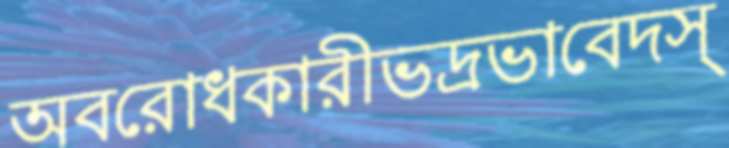
অবরোধকারীভদ্রভাবেদস্